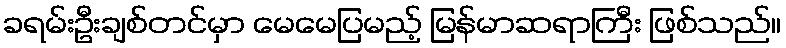
ခရမ်းဦးချစ်တင်မှာ မေမေပြမည့် မြန်မာဆရာကြီး ဖြစ်သည်။